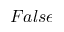
F a l s e